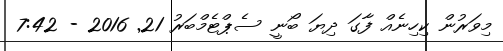
މިވަރުން ކިހިނެއް ފާގަ ދިޔަ ބޯނީ ސެޕްޓެމްބަރު 21